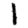
Digit: 1